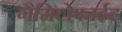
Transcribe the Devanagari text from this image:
गैमिटोफाईट